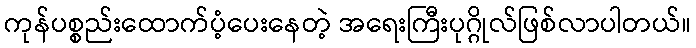
ကုန်ပစ္စည်းထောက်ပံ့ပေးနေတဲ့ အရေးကြီးပုဂ္ဂိုလ်ဖြစ်လာပါတယ်။